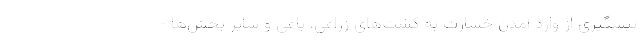
پیشگیری از وارد آمدن خسارت به کشت‌های زراعی، باغی و سایر بخش‌ها -